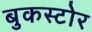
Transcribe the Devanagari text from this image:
बुकस्‍टोर